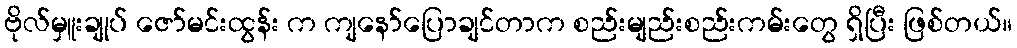
ဗိုလ်မှူးချုပ် ဇော်မင်းထွန်း က ကျနော်ပြောချင်တာက စည်းမျည်းစည်းကမ်းတွေ ရှိပြီး ဖြစ်တယ်။